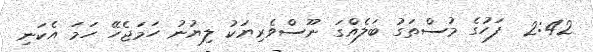
2:42  ފަހުގެ މުސްތަގު ބަލެއްގަ ނޫސްވެރިޔަކު ލިޔުނު ހަމަޖެހޭ ހަމަ އެކަނި